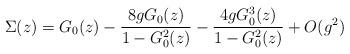
LaTeX: \begin{align*}\Sigma(z) = G_{0}(z) - {8 gG_{0}(z)\over{ 1 - G^{2}_{0}(z)}} - { 4 g G^{3}_{0}(z) \over{ 1 -G^{2}_{0}(z)}} + O(g^{2})\end{align*}